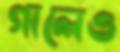
গালেও